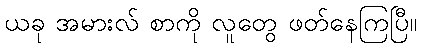
ယခု အမားလ် စာကို လူတွေ ဖတ်နေကြပြီ။